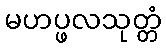
မဟပ္ဖလသုတ္တံ